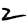
Digit: 2